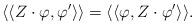
LaTeX: \begin{align*}\langle\langle Z\cdot\varphi,\varphi'\rangle\rangle=\langle\langle\varphi,Z\cdot \varphi'\rangle\rangle.\end{align*}